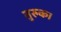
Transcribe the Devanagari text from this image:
तुरुक।